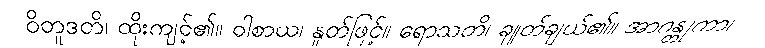
ဝိတူဒတိ၊ ထိုးကျင့်၏။ ဝါစာယ၊ နှုတ်ဖြင့်။ ရောသတိ၊ ချုတ်ချယ်၏။ အာဂန္တုကာ၊